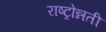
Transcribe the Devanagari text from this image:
राष्ट्रोन्नती